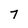
Character: 7